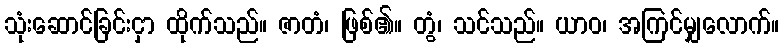
သုံးဆောင်ခြင်းငှာ ထိုက်သည်။ ဇာတံ၊ ဖြစ်၏။ တွံ၊ သင်သည်။ ယာဝ၊ အကြင်မျှလောက်။